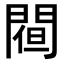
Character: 𨵀